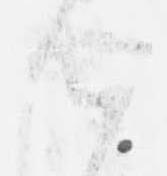
候